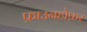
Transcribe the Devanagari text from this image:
फ्राउनहोफ़र